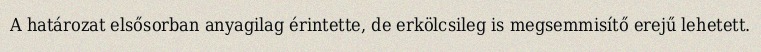
A határozat elsősorban anyagilag érintette, de erkölcsileg is megsemmisítő erejű lehetett.